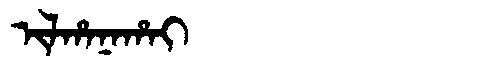
Manchu: ᡳᠯᡥᠠᠨᠠᡥᠠᡳ
Romanization: ILHANAHAI